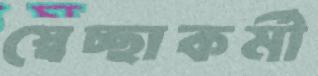
স্বেচ্ছাকর্মী